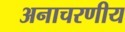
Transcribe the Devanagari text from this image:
अनाचरणीय